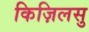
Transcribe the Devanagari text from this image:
किज़िलसु